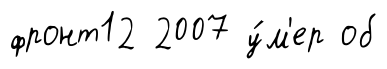
фронт12 2007 у́м'ер об